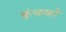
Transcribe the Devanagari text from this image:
कुंचाको